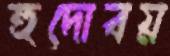
হুদোবয়